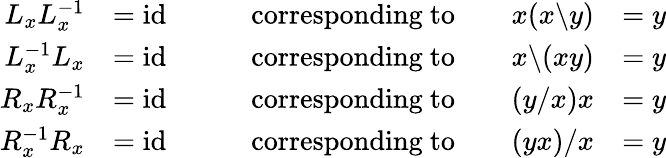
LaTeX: {\begin{array}{rlrl}{L_{x}L_{x}^{-1}}&{=\mathrm{id}\qquad}&{{\mathrm{corresponding~to}}\qquad x(x\backslash y)}&{=y}\\ {L_{x}^{-1}L_{x}}&{=\mathrm{id}\qquad}&{{\mathrm{corresponding~to}}\qquad x\backslash(xy)}&{=y}\\ {R_{x}R_{x}^{-1}}&{=\mathrm{id}\qquad}&{{\mathrm{corresponding~to}}\qquad(y/x)x}&{=y}\\ {R_{x}^{-1}R_{x}}&{=\mathrm{id}\qquad}&{{\mathrm{corresponding~to}}\qquad(yx)/x}&{=y}\end{array}}